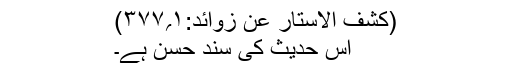
(کشف الاستار عن زوائد:۱؍۳۷۷)
اس حدیث کی سند حسن ہے۔